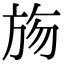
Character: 𣃦